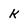
Character: k